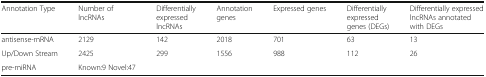
<table><thead><tr><td><b>Annotation Type</b></td><td><b>Number of lncRNAs</b></td><td><b>Differentially expressed lncRNAs</b></td><td><b>Annotation genes</b></td><td><b>Expressed genes</b></td><td><b>Differentially expressed genes (DEGs)</b></td><td><b>Differentially expressed lncRNAs annotated with DEGs</b></td></tr></thead><tbody><tr><td>antisense-mRNA</td><td>2129</td><td>142</td><td>2018</td><td>701</td><td>63</td><td>13</td></tr><tr><td>Up/Down Stream</td><td>2425</td><td>299</td><td>1556</td><td>988</td><td>112</td><td>26</td></tr><tr><td>pre-miRNA</td><td>Known:9 Novel:47</td><td></td><td></td><td></td><td></td><td></td></tr></tbody></table>